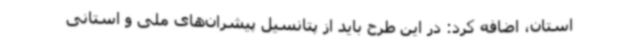
استان، اضافه کرد: در این طرح باید از پتانسیل‌ پیشران‌های ملی و استانی